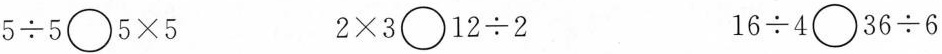
$$5 \div 5 \bigcirc 5 \times 5$$ $$2 \times 3 \bigcirc 1 2 \div 2$$ $$1 6 \div 4 \bigcirc 3 6 \div 6$$